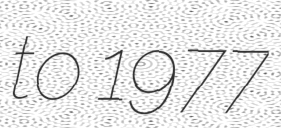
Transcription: to 1977